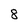
Character: 8